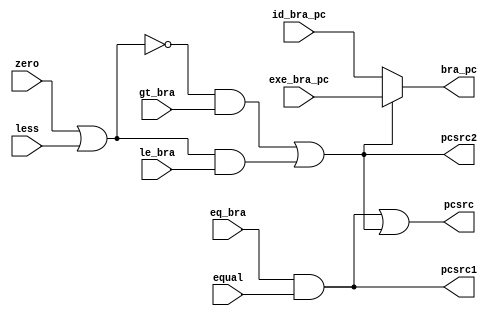
module Branch_Logic_Unit(gt_bra,le_bra,eq_bra,equal,zero,less,id_bra_pc,exe_bra_pc,pcsrc,
									bra_pc,pcsrc1,pcsrc2
    );
	 
	 input gt_bra,le_bra,eq_bra,equal,zero,less;
	 input [15:0] id_bra_pc,exe_bra_pc;
	 output pcsrc;
	 output reg [15:0] bra_pc;
	 
	 output pcsrc1,pcsrc2;
	 wire temp1,inv_temp1,temp2,temp3;
	 
	 //PCSrc1
	 and(pcsrc1,eq_bra,equal);
	 
	 //PCSrc2
	 assign inv_temp1 = ~temp1;
	 or(temp1, zero, less);
	 and(temp2, inv_temp1, gt_bra);
	 and(temp3, temp1, le_bra);
	 or(pcsrc2, temp2, temp3);
	 
	 //PCSrc
	 or(pcsrc,pcsrc1,pcsrc2);
	 
	 //Branch_PC
	 always@(*) begin
		if(pcsrc2)
			bra_pc = exe_bra_pc;
		else
			bra_pc = id_bra_pc;
	end
		 
endmodule